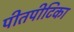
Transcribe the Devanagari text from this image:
पीतपीटिका